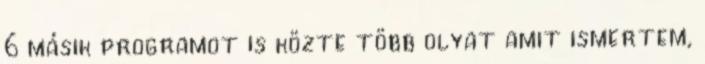
6 másik programot is közte több olyat amit ismertem,